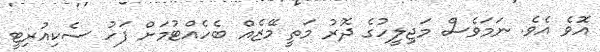
އޮވެ އެވެ. ނަމަވެސް މަޖިލީހުގެ ދޮރު މަތީ މޭޒެއް ބެހެއްޓުމަށް ފަހު ސެކިއުރިޓީ